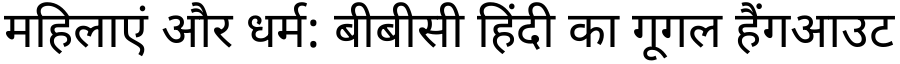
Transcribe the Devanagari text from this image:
महिलाएं और धर्म: बीबीसी हिंदी का गूगल हैंगआउट